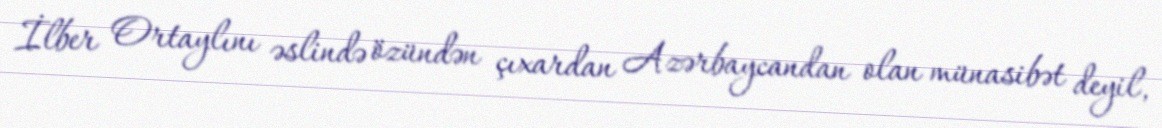
İlber Ortaylını əslində özündən çıxardan Azərbaycandan olan münasibət deyil,